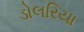
ડોલરિયા